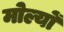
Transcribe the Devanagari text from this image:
मोल्यों